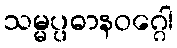
သမ္မပ္ပဓာနဝဂ္ဂေါ